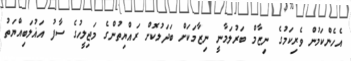
އެހެންކަމުން ވެރިކަމުގެ ނިޒާމް ބަރުލަމާނީ ނިޒާމަކަށް ބަދަލުކޮށް ރައްޔިތުންގެ މަޖިލީހުގެ ސާފު އަޣުލަބިއްޔަތު